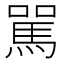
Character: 駡